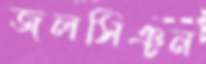
জলসিঞ্চন